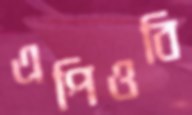
এপিওবি